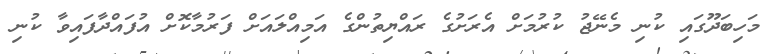
މަހިބަދޫގައި ކުނި މެނޭޖު ކުރުމަށް އެރަށުގެ ރައްޔިތުންގެ އަމިއްލައަށް ފަރުމާކޮށް އުފައްދާފައިވާ ކުނި